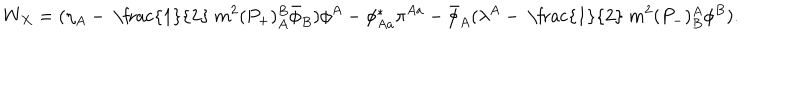
W _ { X } = ( \eta _ { A } - \mathrm { ~ \frac { 1 } { 2 } ~ } m ^ { 2 } ( P _ { + } ) _ { A } ^ { B } \bar { \phi } _ { B } ) \phi ^ { A } - \phi _ { A a } ^ { * } \pi ^ { A a } - \bar { \phi } _ { A } ( \lambda ^ { A } - \mathrm { ~ \frac { 1 } { 2 } ~ } m ^ { 2 } ( P _ { - } ) _ { B } ^ { A } \phi ^ { B } ) .